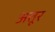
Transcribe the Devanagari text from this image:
अत्तूर